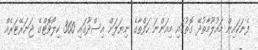
ފެނަކައިން މައުލޫމާތުދޭ ގޮތުގައި މިއަންނަ ހަފްތާގެ ނިޔަލަށް އިސްދޫގައި 360 ކިލޯވޮޓްގެ ޖަނަރޭޓަރެއް